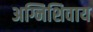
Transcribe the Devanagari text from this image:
अग्निशिवाय